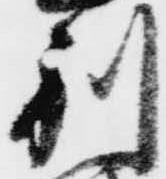
利